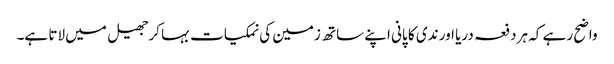
واضح رہے کہ ہر دفعہ دریا اور ندی کا پانی اپنے ساتھ زمین کی نمکیات بہا کرجھیل میں لاتا ہے۔